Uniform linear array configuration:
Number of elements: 48
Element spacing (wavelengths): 0.25
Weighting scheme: binomial
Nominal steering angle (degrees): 45
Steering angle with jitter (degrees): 46.395
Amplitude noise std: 0.05
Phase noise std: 0.05

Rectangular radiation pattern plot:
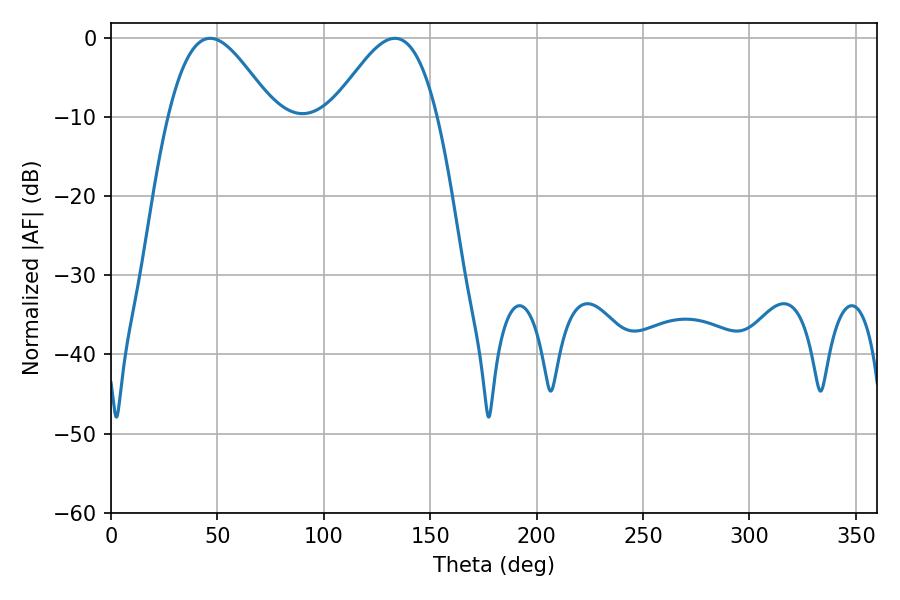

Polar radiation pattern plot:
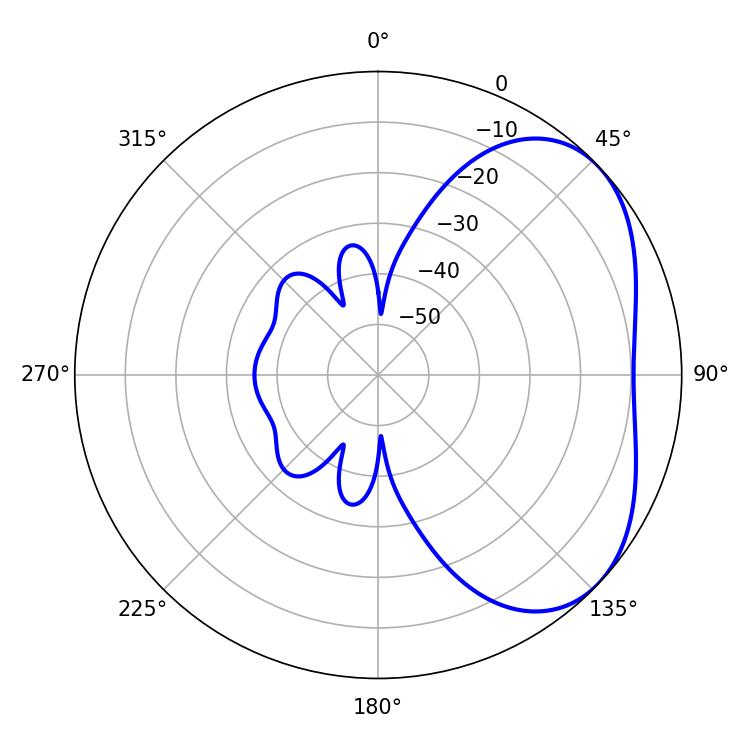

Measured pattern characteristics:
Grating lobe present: FALSE
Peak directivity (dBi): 3.97
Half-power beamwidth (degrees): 26.46
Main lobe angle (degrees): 46.62